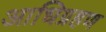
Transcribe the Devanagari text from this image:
आधिग्रहण